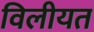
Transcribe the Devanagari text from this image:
विलीयत